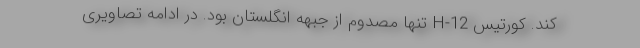
کند. کورتیس H-12 تنها مصدوم از جبهه انگلستان بود. در ادامه تصاویری